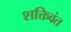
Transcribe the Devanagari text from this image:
शक्तिवंत